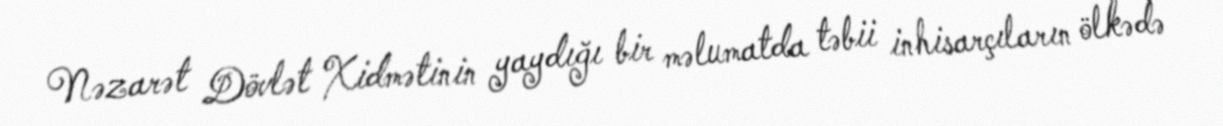
Nəzarət Dövlət Xidmətinin yaydığı bir məlumatda təbii inhisarçıların ölkədə